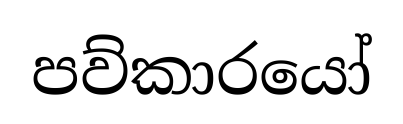
පව්කාරයෝ